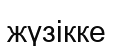
жүзікке